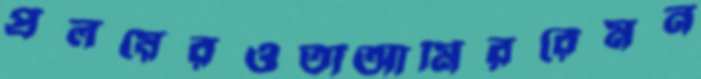
প্রলয়েরওতাআমিররেমন